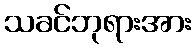
သခင်ဘုရားအား